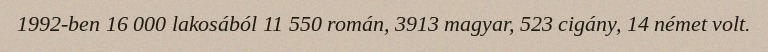
1992-ben 16 000 lakosából 11 550 román, 3913 magyar, 523 cigány, 14 német volt.